Annual administration and progress report of the Indian Medical Department, Bombay
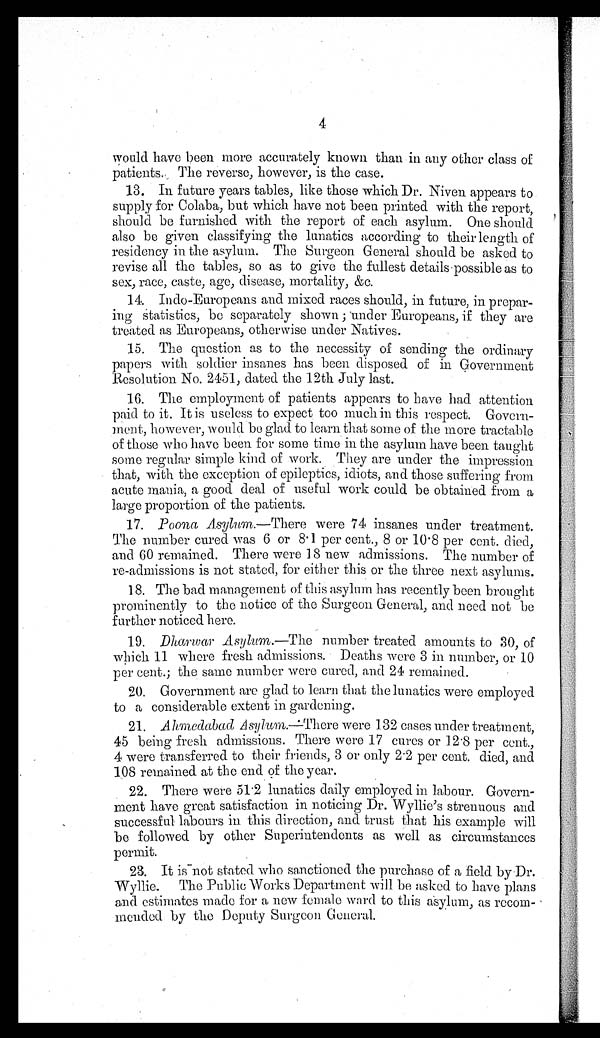
4
would have been more accurately known than in any other class of
patients. The reverse, however, is the case.
13. In future years tables, like those which Dr. Niven appears to
supply for Colaba, but which have not been printed with the report,
should be furnished with the report of each asylum. One should
also be given classifying the lunatics according to their length of
residency in the asylum. The Surgeon General should be asked to
revise all the tables, so as to give the fullest details possible as to
sex, race, caste, age, disease, mortality, &c.
14. Indo-Europeans and mixed races should, in future, in prepar
-ing statistics, be separately shown; under Europeans, if they are
treated as Europeans, otherwise under Natives.
15. The question as to the necessity of sending the ordinary
papers with soldier insanes has been disposed of in Government
Resolution No. 2451, dated the 12th July last.
16. The employment of patients appears to have had attention
paid to it. It is useless to expect too much in this respect. Govern
-ment, however, would be glad to learn that some of the more tractable
of those who have been for some time in the asylum have been taught
some regular simple kind of work. They are under the impression
that, with the exception of epileptics, idiots, and those suffering from
acute mania, a good deal of useful work could be obtained from a
large proportion of the patients.
17.
Poona Asylum.—There were 74 insanes under treatment.
The number cured was 6 or 8·1 per cent., 8 or 10·8 per cent. died,
and 60 remained. There were 18 new admissions. The number of
re-admissions is not stated, for either this or the three next asylums.
18. The bad management of this asylum has recently been brought
prominently to the notice of the Surgeon General, and need not be
further noticed here.
19.
Dharwar Asylum. —The number treated amounts to 30, of
which 11 where fresh admissions. Deaths were 3 in number, or 10
per cent.; the same number were cured, and 24 remained.
20. Government are glad to learn that the lunatics were employed
to a considerable extent in gardening.
21.
Ahmedabad Asylum .—There were 132 cases under treatment,
45 being fresh admissions. There were 17 cures or 12·8 per cent.,
4 were transferred to their friends, 3 or only 2·2 per cent. died, and
108 remained at the end of the year.
22. There were 51·2 lunatics daily employed in labour. Govern
-ment have great satisfaction in noticing Dr. Wyllie's strenuous and
successful labours in this direction, and trust that his example will
be followed by other Superintendents as well as circumstances
permit.
23. It is not stated who sanctioned the purchase of a field by Dr.
Wyllie. The Public Works Department will be asked to have plans
and estimates made for a new female ward to this asylum, as recom
-mended by the Deputy Surgeon General.